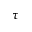
\tau